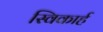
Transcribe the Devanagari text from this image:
स्विकार्ह